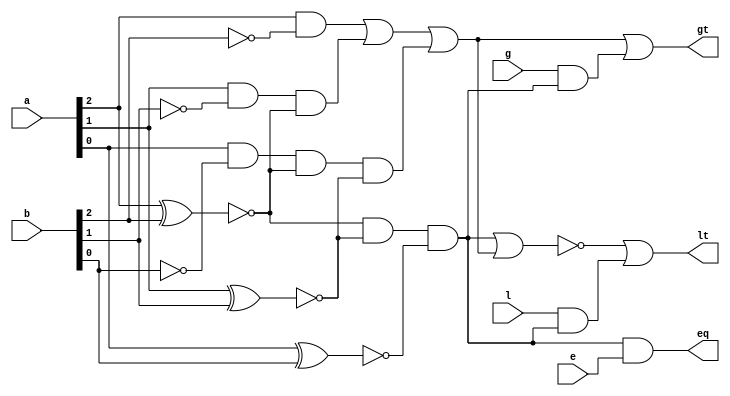
`timescale 1ns / 1ps
//////////////////////////////////////////////////////////////////////////////////
//  
// Made by: Ali Nowrouzi and Ahmad Foroughi 
// 
//////////////////////////////////////////////////////////////////////////////////
module comparator_3bit(output lt,eq, gt , input [2:0] a,b,input l,e,g
    );
	wire c2,c1,c0;
	
	xnor(c2 , a[2],b[2]),
		 (c1 , a[1],b[1]),
		 (c0 , a[0],b[0]);

	
	wire b2_not,b1_not,b0_not;
	not(b2_not,b[2]);
	not(b1_not,b[1]);
	not(b0_not,b[0]);

	wire w2,w1,w0;
	and(w2, a[2],b2_not),
		(w1, a[1],b1_not,c2),
		(w0, a[0],b0_not,c2,c1);
		
	wire g1,e1,l1;
	or(g1 ,w2,w1,w0);
	and(e1 ,c2,c1,c0);
	nor(l1,e1,g1);
	
	
	
	wire t1,t2;
	and(t1,l,e1);
	and(t2,g,e1);

	
	//or(lt,l1,t1);
	and(eq,e1,e);
	or(gt,g1,t2);
	or(lt,l1,t1);

	//nor(lt,eq,gt);

endmodule